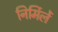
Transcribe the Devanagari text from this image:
निर्मिलें